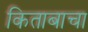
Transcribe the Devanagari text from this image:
किताबाचा